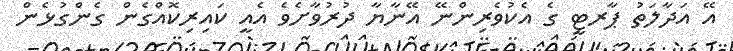
އޭ އަދާލަތު ޕާރޓީ ގެ އެކުވެރިންނޭ އޭނާޔާ ދުރުވާށެވެ އެއީ ކައިރިކޮއްގެން ގެންގުޅެން